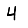
Digit: 4